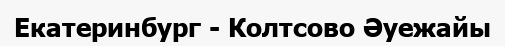
Екатеринбург - Колтсово Әуежайы